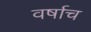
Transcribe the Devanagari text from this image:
वर्षाच